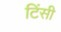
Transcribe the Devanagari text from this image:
टिंसी